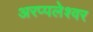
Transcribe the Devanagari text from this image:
अरप्पलेश्वर